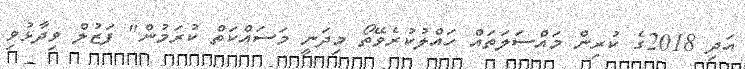
އަދި 2018ގެ ކުރިން މައްސަލަތައް ހައްލުކުރެވޭތޯ މިދަނީ މަސައްކަތް ކުރަމުން" ފަޒުލް ވިދާޅުވި